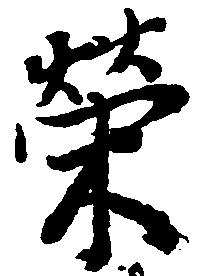
栄